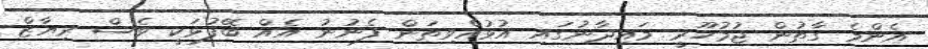
އެންމެ ގާތުން ޖުމުހޫރީ މައިދާނުގައި އުޅުއްވިތަން ފެނުނު އެއް ބޭފުޅަކީ ވެސް ރިޔާޒް